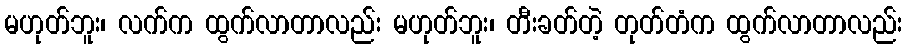
မဟုတ်ဘူး၊ လက်က ထွက်လာတာလည်း မဟုတ်ဘူး၊ တီးခတ်တဲ့ တုတ်တံက ထွက်လာတာလည်း